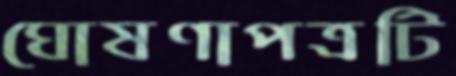
ঘোষণাপত্রটি